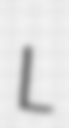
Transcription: L